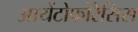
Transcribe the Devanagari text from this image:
आयेंटोफोरैसिस